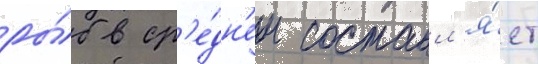
ры́б в ср'е́дн'ем составл'я́ет